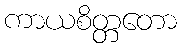
ကာယစိတ္တတော